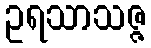
ဥရသာသဇ္ဇ